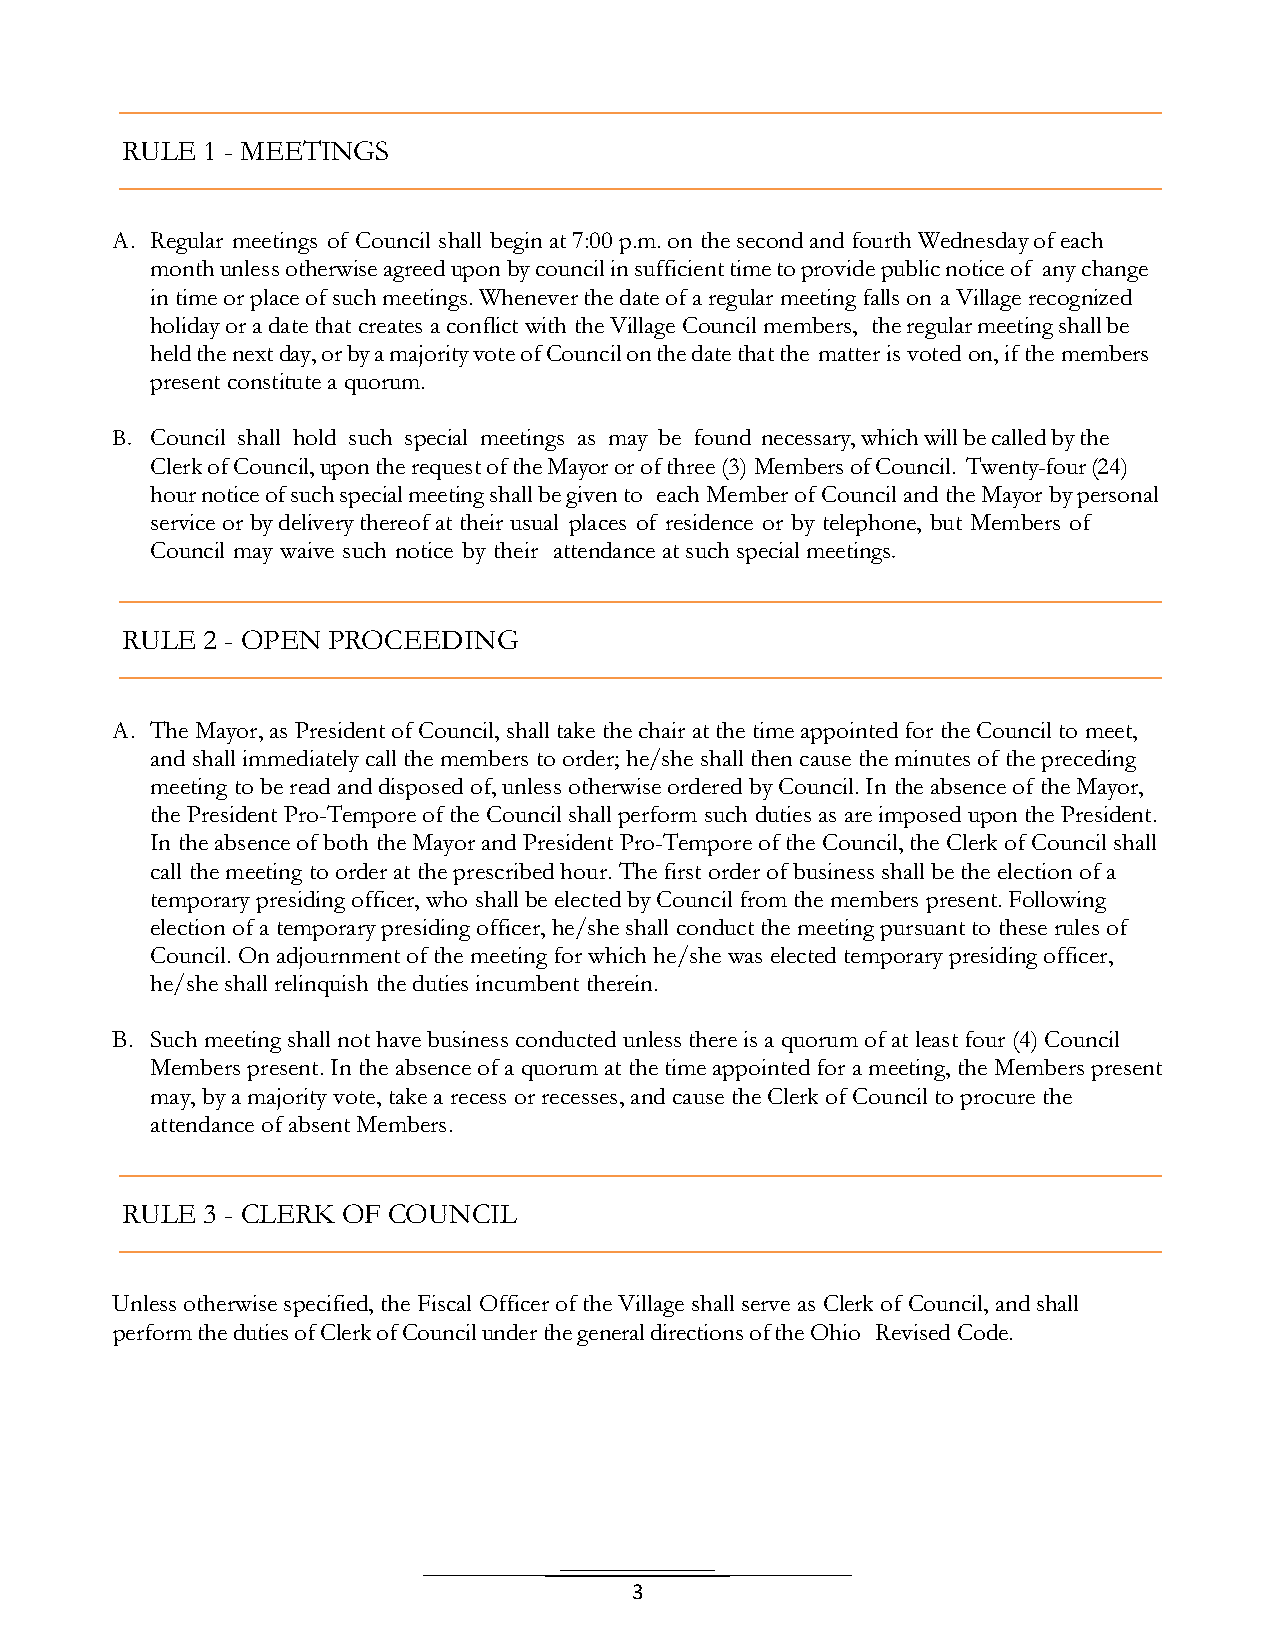
RULE 1 - MEETINGS
 A. Regular meetings of Council shall begin at 7:00 p.m. on the second and fourth Wednesday of each
 month unless otherwise agreed upon by council in sufficient time to provide public notice of any change
 in time or place of such meetings. Whenever the date of a regular meeting falls on a Village recognized
 holiday or a date that creates a conflict with the Village Council members, the regular meeting shall be
 held the next day, or by a majority vote of Council on the date that the matter is voted on, if the members
 present constitute a quorum.
 B. Council shall hold such special meetings as may be found necessary, which will be called by the
 Clerk of Council, upon the request of the Mayor or of three (3) Members of Council. Twenty-four (24)
 hour notice of such special meeting shall be given to each Member of Council and the Mayor by personal
 service or by delivery thereof at their usual places of residence or by telephone, but Members of
 Council may waive such notice by their attendance at such special meetings.
 RULE 2 - OPEN PROCEEDING
 A. The Mayor, as President of Council, shall take the chair at the time appointed for the Council to meet,
 and shall immediately call the members to order; he/she shall then cause the minutes of the preceding
 meeting to be read and disposed of, unless otherwise ordered by Council. In the absence of the Mayor,
 the President Pro-Tempore of the Council shall perform such duties as are imposed upon the President.
 In the absence of both the Mayor and President Pro-Tempore of the Council, the Clerk of Council shall
 call the meeting to order at the prescribed hour. The first order of business shall be the election of a
 temporary presiding officer, who shall be elected by Council from the members present. Following
 election of a temporary presiding officer, he/she shall conduct the meeting pursuant to these rules of
 Council. On adjournment of the meeting for which he/she was elected temporary presiding officer,
 he/she shall relinquish the duties incumbent therein.
 B. Such meeting shall not have business conducted unless there is a quorum of at least four (4) Council
 Members present. In the absence of a quorum at the time appointed for a meeting, the Members present
 may, by a majority vote, take a recess or recesses, and cause the Clerk of Council to procure the
 attendance of absent Members.
 RULE 3 - CLERK OF COUNCIL
 Unless otherwise specified, the Fiscal Officer of the Village shall serve as Clerk of Council, and shall
 perform the duties of Clerk of Council under the general directions of the Ohio Revised Code.
 3